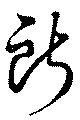
所